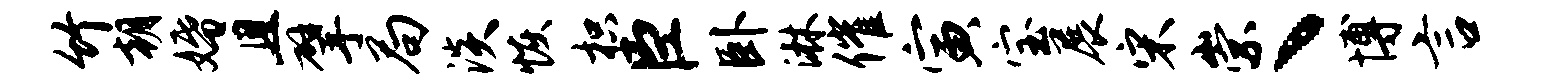
竹朝婚且擘局淡恢枳臣卧淋催寅宝展宋崇丶博言